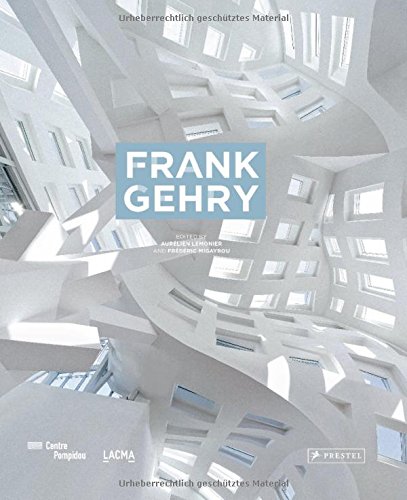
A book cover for Frank Gehry; Arts & Photography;